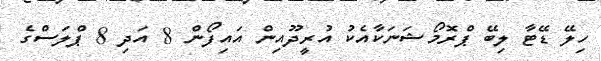
ހިލޭ ޑޭޓާ ލިބޭ ޕްރޮމޯޝަނަކާއެކު އުރީދޫއިން އައިފޯން 8 އަދި 8 ޕްލަސްގެ